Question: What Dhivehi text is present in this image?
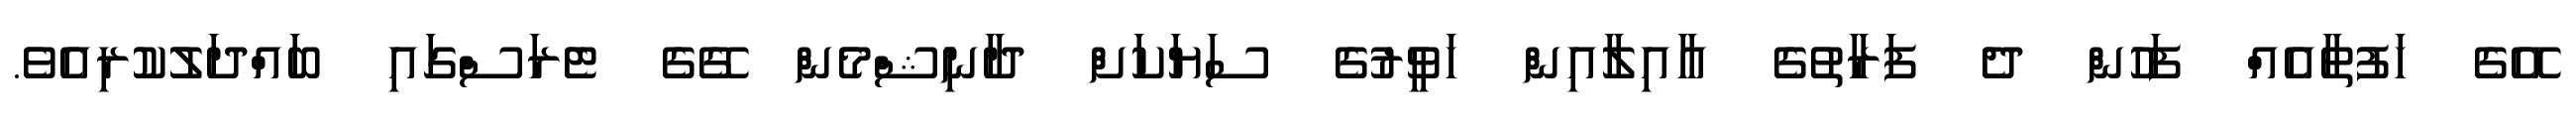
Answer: އޭގެ ހަފުތާއެއް ފަހުން ދެ ފަރާތުގެ ޢާއިލާއިން ހަވީރުގެ ސަޔަކަށް ދާނިޝްމެން ގޭގެ ޓެރަސްގައި ބައްދަލުކުރިއެވެ.